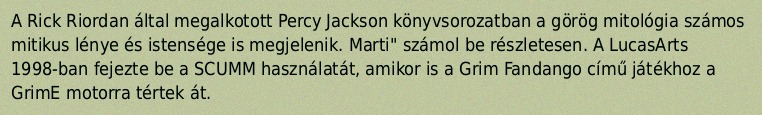
A Rick Riordan által megalkotott Percy Jackson könyvsorozatban a görög mitológia számos mitikus lénye és istensége is megjelenik. Marti" számol be részletesen. A LucasArts 1998-ban fejezte be a SCUMM használatát, amikor is a Grim Fandango című játékhoz a GrimE motorra tértek át.